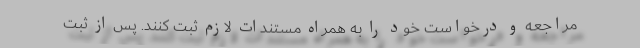
مراجعه و درخواست خود را به همراه مستندات لازم ثبت کنند. پس از ثبت